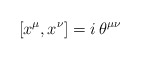
\begin{align*}[x^\mu,x^\nu]=i\,\theta^{\mu\nu}\end{align*}